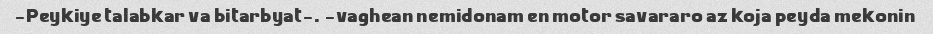
Peykiye talabkar va bitarbyat-. -vaghean nemidonam en motor savararo az koja peyda mekonin-